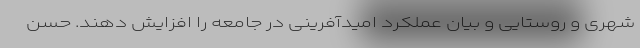
شهری و روستایی و بیان عملکرد امیدآفرینی در جامعه را افزایش دهند. حسن